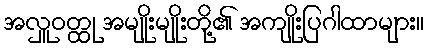
အလှူဝတ္ထု အမျိုးမျိုးတို့၏ အကျိုးပြဂါထာများ။